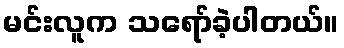
မင်းလူက သရော်ခဲ့ပါတယ်။